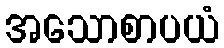
အသောစာပယံ